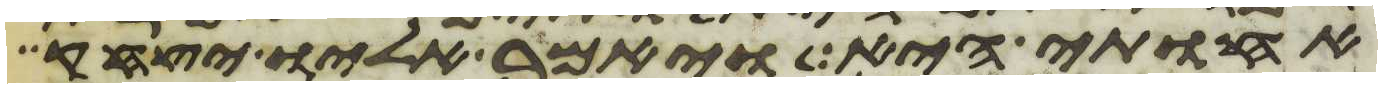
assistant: אחותי היא ויאמר אליו יצחק